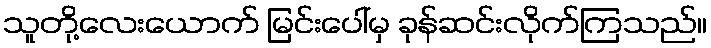
သူတို့လေးယောက် မြင်းပေါ်မှ ခုန်ဆင်းလိုက်ကြသည်။